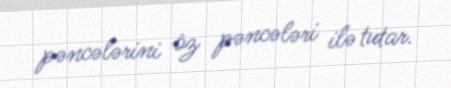
pəncələrini öz pəncələri ilə tutar.